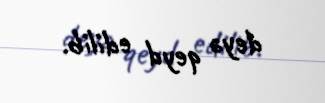
deyə qeyd edilib.